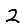
Digit: 2